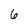
Character: 6